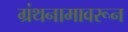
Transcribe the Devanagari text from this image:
ग्रंथनामावरून